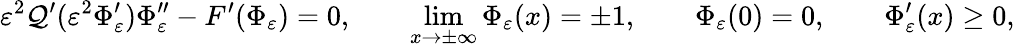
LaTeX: \varepsilon^{2}\mathcal{Q}^{\prime}(\varepsilon^{2}\Phi_{\varepsilon}^{\prime})\Phi_{\varepsilon}^{\prime\prime}-F^{\prime}(\Phi_{\varepsilon})=0,\qquad\operatorname*{lim}_{x\to\pm\infty}\Phi_{\varepsilon}(x)=\pm1,\qquad\Phi_{\varepsilon}(0)=0,\qquad\Phi_{\varepsilon}^{\prime}(x)\geq0,